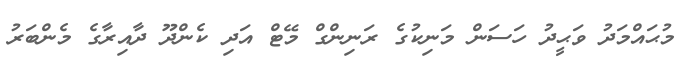
މުޙައްމަދު ވަޙީދު ހަސަން މަނިކުގެ ރަނިންގް މޭޓް އަދި ކެންދޫ ދާއިރާގެ މެންބަރު